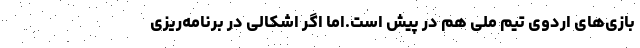
بازی‌های اردوی تیم ملی هم در پیش است.اما اگر اشکالی در برنامه‌ریزی